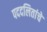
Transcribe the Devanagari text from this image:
पददलितांचे